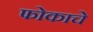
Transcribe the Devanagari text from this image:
फोकाचे